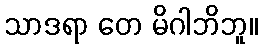
သာဒရာ တေ မိဂါဘိဘူ။